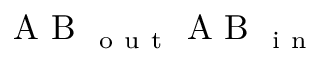
\mathrm { ~ A ~ B ~ } _ { \mathrm { ~ o ~ u ~ t ~ } } \mathrm { ~ A ~ B ~ } _ { \mathrm { ~ i ~ n ~ } }